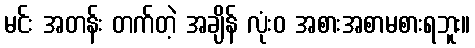
မင်း အတန်း တက်တဲ့ အချိန် လုံးဝ အစားအစာမစားရဘူး။